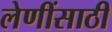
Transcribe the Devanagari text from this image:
लेणींसाठी